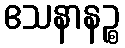
ဧသနာနဉ္စ